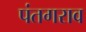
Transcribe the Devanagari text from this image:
पंतगराव